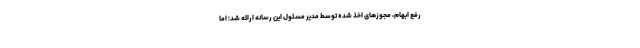
رفع ابهام، مجوزهای اخذ شده توسط مدیر مسئول این رسانه ارائه شد؛ اما